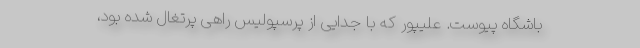
باشگاه پیوست. علیپور که با جدایی از پرسپولیس راهی پرتغال شده بود،